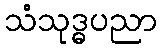
သံသုဒ္ဓပညာ